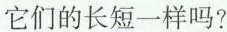
它们的长短一样吗？